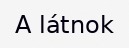
A látnok